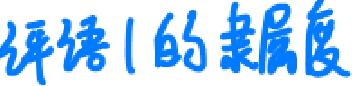
评语1的隶属度